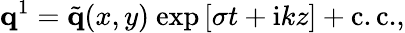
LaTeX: {\mathbf q}^{1}=\tilde{{\mathbf q}}(x,y)\ \mathrm{exp}\left[\sigma t+\mathrm{i}kz\right]+\mathrm{c.c.},